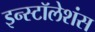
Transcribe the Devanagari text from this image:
इन्स्टॉलेशंस